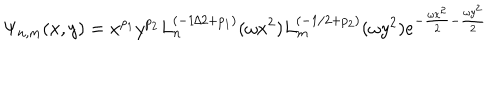
\Psi _ { n , m } ( x , y ) = x ^ { p _ { 1 } } y ^ { p _ { 2 } } L _ { n } ^ { ( - 1 / 2 + p _ { 1 } ) } ( \omega x ^ { 2 } ) L _ { m } ^ { ( - 1 / 2 + p _ { 2 } ) } ( \omega y ^ { 2 } ) e ^ { - \frac { \omega x ^ { 2 } } { 2 } - \frac { \omega y ^ { 2 } } { 2 } } \,